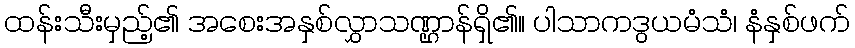
ထန်းသီးမှည့်၏ အစေးအနှစ်လွှာသဏ္ဌာန်ရှိ၏။ ပါသာကဒွယမံသံ၊ နံနှစ်ဖက်